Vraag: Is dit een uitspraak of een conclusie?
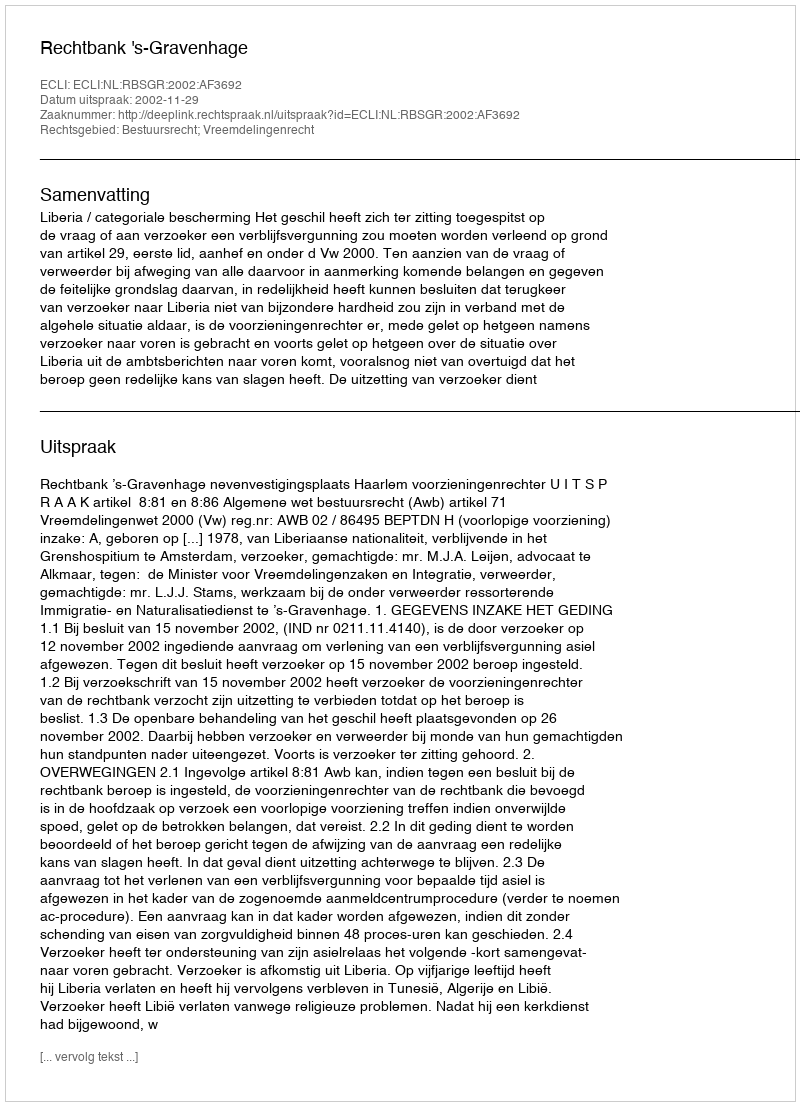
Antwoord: Uitspraak